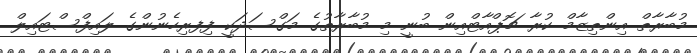
މުބާރާތް އިންތިޒާމް ކުރާ ޗޮޕްއާޓްއިން ބުނީ މި މުބާރާތުގެ މަގްސަދަކީ ފިފރިހެނުންގެ ލައިފްސްޓައިލް